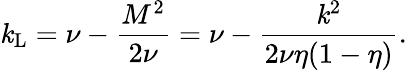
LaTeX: \mathit{k}_{\mathrm{{L}}}=\nu-\frac{{M^{2}}}{{2\nu}}=\nu-\frac{{\mathit{k}^{2}}}{{2\nu\eta(1-\eta)}}.